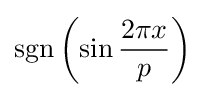
\operatorname {sgn} \left(\sin {\frac {2\pi x}{p}}\right)